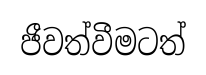
ජීවත්වීමටත්